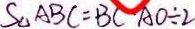
S _ { \Delta } A B C = B C \cdot A O \div 2